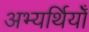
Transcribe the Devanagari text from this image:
अभ्यर्थियोँ